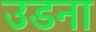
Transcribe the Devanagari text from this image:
उडना